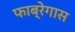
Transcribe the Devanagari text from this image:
फाब्रेगास